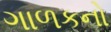
ગાળકનો